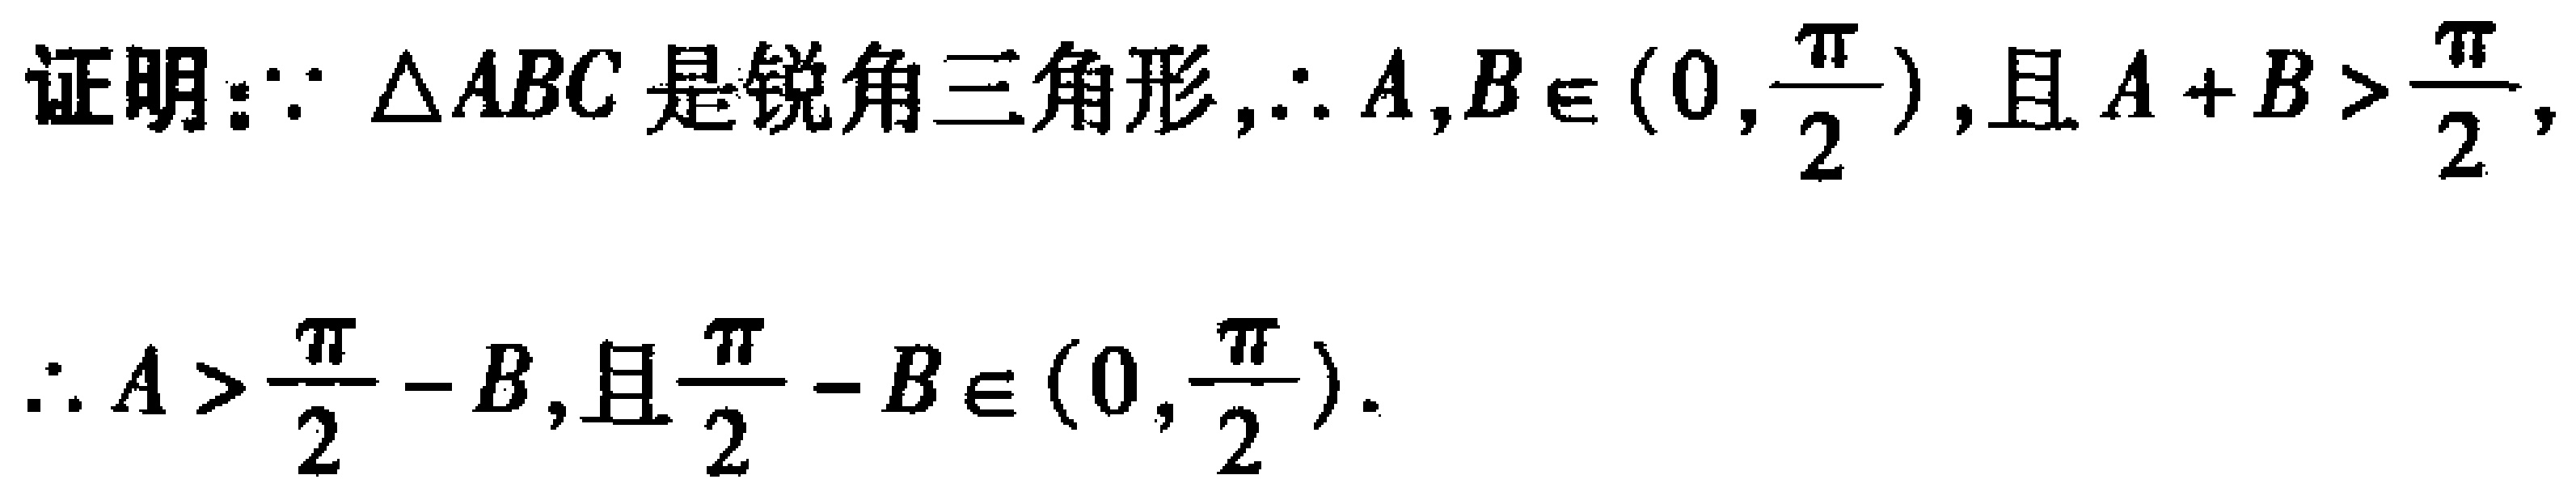
证明：\(\because \triangle ABC\)是锐角三角形，\(\therefore A,B\in(0,\frac{\pi}{2})\)，且\(A + B>\frac{\pi}{2}\)，

\(\therefore A>\frac{\pi}{2}-B\)，且\(\frac{\pi}{2}-B\in(0,\frac{\pi}{2})\)。